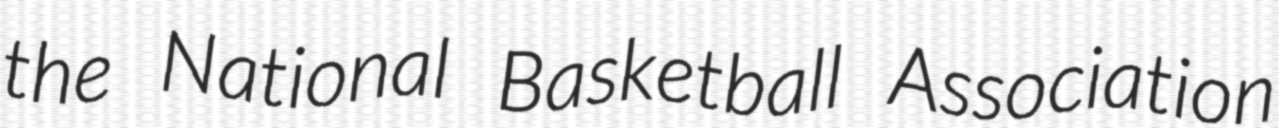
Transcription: the National Basketball Association